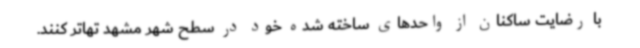
با رضایت ساکنان از واحدهای ساخته شده خود در سطح شهر مشهد تهاتر کنند.